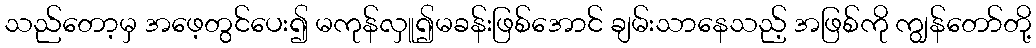
သည်တော့မှ အဖေ့တွင်ပေး၍ မကုန်လှူ၍မခန်းဖြစ်အောင် ချမ်းသာနေသည့် အဖြစ်ကို ကျွန်တော်တို့